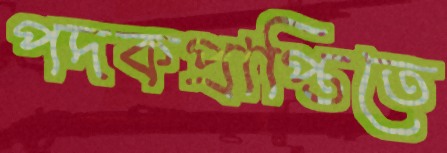
পদকপ্রাপ্তিতে